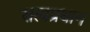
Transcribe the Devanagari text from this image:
सत्यप्रधान